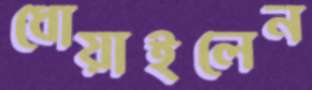
ধোয়াইলেন